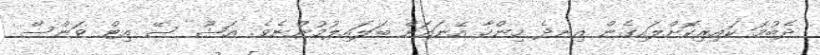
ދެބުމަ ކައިރިކޮށްލައިގެން އިނދެ މިންހާ އޭނައަށް ބަލައިލުމުންނެވެ. އަޝޫ ސޭ އިޓް ވަންސް